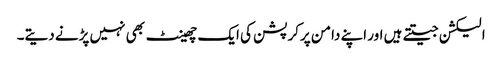
الیکشن جیتتے ہیں اور اپنے دامن پرکرپشن کی ایک چھینٹ بھی نہیں پڑنے دیتے۔